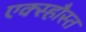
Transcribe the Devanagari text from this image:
एक्स्हौस्त